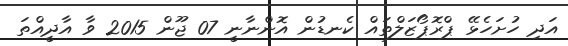
އަދި ހުށަހެޅޭ ޕްރޮޕޯޒަލްތައް ކެނޑުން އޮންނާނީ 07 ޖޫން 2015 ވާ އާދީއްތަ